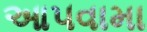
આ૫વામા